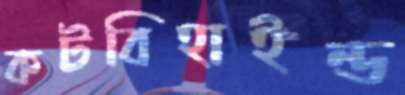
কটবিহাইন্ড